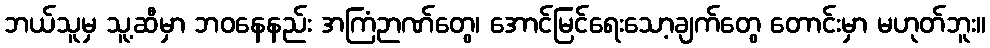
ဘယ်သူမှ သူ့ဆီမှာ ဘဝနေနည်း အကြံဉာဏ်တွေ၊ အောင်မြင်ရေးသော့ချက်တွေ တောင်းမှာ မဟုတ်ဘူး။